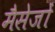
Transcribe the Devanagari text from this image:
मैसेजों